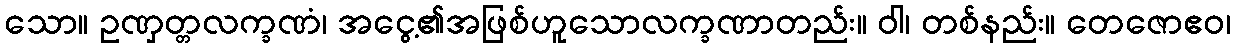
သော။ ဥဏှတ္တလက္ခဏံ၊ အငွေ့၏အဖြစ်ဟူသောလက္ခဏာတည်း။ ဝါ၊ တစ်နည်း။ တေဇောဧဝ၊